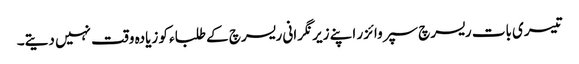
تیسری بات ریسرچ سپروائزر اپنے زیر نگرانی ریسرچ کے طلباء کو زیادہ وقت نہیں دیتے۔